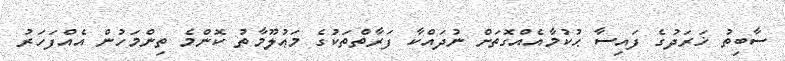
ސާބިތު ޚަރަދުގެ ފައިސާ ޙުކުމާއެއްގޮތަށް ނުދައްކާ ފަރާތްތަކުގެ މަޢުލޫމާތު ކޮންމެ ތިންމަހުން އެއްފަހަރު